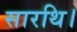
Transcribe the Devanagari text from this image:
सारथि।